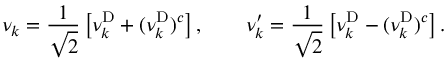
\nu _ { k } = \frac { 1 } { \sqrt 2 } \left[ \nu _ { k } ^ { \mathrm { D } } + ( \nu _ { k } ^ { \mathrm { D } } ) ^ { c } \right] , \qquad \nu _ { k } ^ { \prime } = \frac { 1 } { \sqrt 2 } \left[ \nu _ { k } ^ { \mathrm { D } } - ( \nu _ { k } ^ { \mathrm { D } } ) ^ { c } \right] .